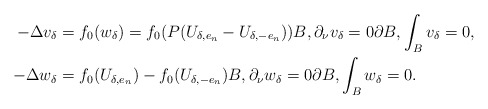
\begin{align*} -\Delta v_\delta &= f_0(w_\delta)=f_0(P(U_{\delta,e_n}-U_{\delta,-e_n})){B}, \partial_\nu v_\delta=0\partial {B}, \int_{B} v_\delta = 0,\\ -\Delta w_\delta &= f_0(U_{\delta,e_n})-f_0(U_{\delta,-e_n}){B}, \partial_\nu w_\delta=0\partial {B}, \int_{B} w_\delta = 0.\end{align*}